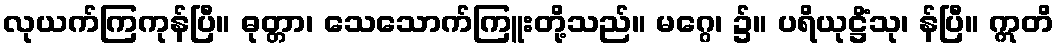
လုယက်ကြကုန်ပြီ။ ဓုတ္တာ၊ သေသောက်ကြူးတို့သည်။ မဂ္ဂေ၊ ၌။ ပရိယုဋ္ဌိံသု၊ န်ပြီ။ ဣတိ